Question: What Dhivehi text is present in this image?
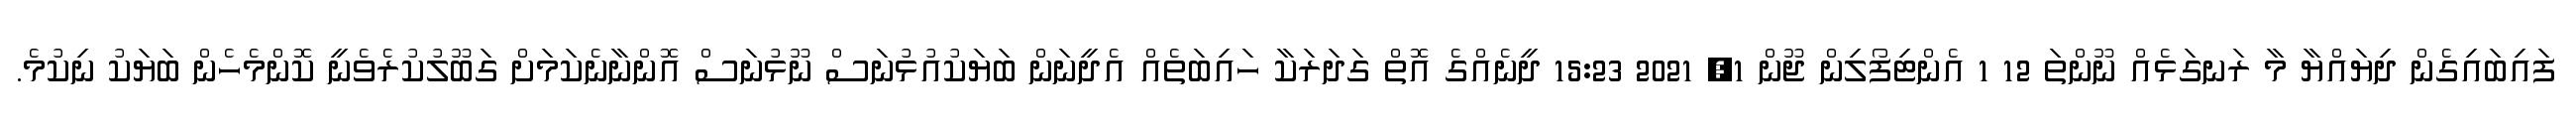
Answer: ފައިބައިގެން ދިޔައްޔާ މާ ރަނގަޅެއް ނޫންތަ 12 1 އެންޓިފޯލިން ޖޫން 1, 2021 15:23 ދީނެއްގެ އޮތް ގަދަރަކާ ހައިބަތެއް އެދީނަން ބަޔަކުއުޅުނަސް ނޫޅުނަސް އޮންނާނެކަމަށް ގަބޫލުކުރެވެނީ ކޮންމެހެން ބަޔަކު ނިކުމެ.